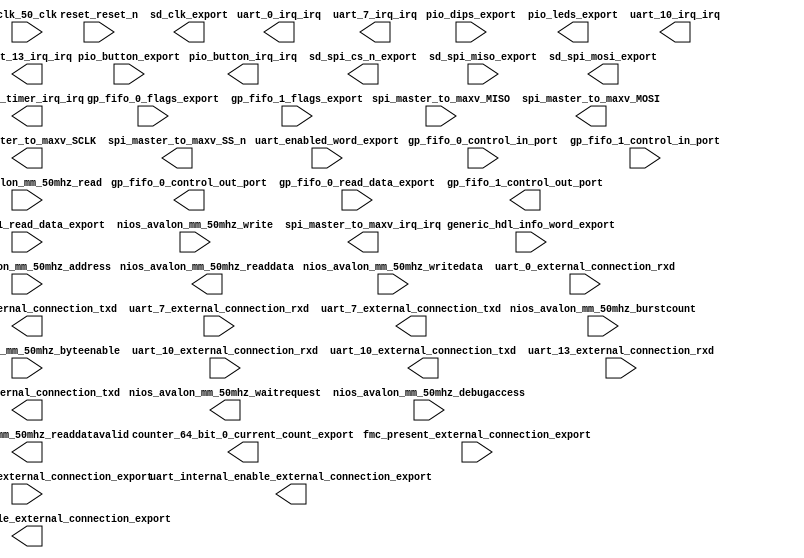

module linnux_support_reduced_uarts (
	clk_50_clk,
	counter_64_bit_0_current_count_export,
	fmc_present_external_connection_export,
	generic_hdl_info_word_export,
	gp_fifo_0_control_in_port,
	gp_fifo_0_control_out_port,
	gp_fifo_0_flags_export,
	gp_fifo_0_read_data_export,
	gp_fifo_1_control_in_port,
	gp_fifo_1_control_out_port,
	gp_fifo_1_flags_export,
	gp_fifo_1_read_data_export,
	hires_timer_irq_irq,
	nios_avalon_mm_50mhz_waitrequest,
	nios_avalon_mm_50mhz_readdata,
	nios_avalon_mm_50mhz_readdatavalid,
	nios_avalon_mm_50mhz_burstcount,
	nios_avalon_mm_50mhz_writedata,
	nios_avalon_mm_50mhz_address,
	nios_avalon_mm_50mhz_write,
	nios_avalon_mm_50mhz_read,
	nios_avalon_mm_50mhz_byteenable,
	nios_avalon_mm_50mhz_debugaccess,
	pio_button_export,
	pio_button_irq_irq,
	pio_dips_export,
	pio_leds_export,
	reset_reset_n,
	sd_clk_export,
	sd_spi_cs_n_export,
	sd_spi_miso_export,
	sd_spi_mosi_export,
	spi_master_to_maxv_MISO,
	spi_master_to_maxv_MOSI,
	spi_master_to_maxv_SCLK,
	spi_master_to_maxv_SS_n,
	spi_master_to_maxv_irq_irq,
	uart_0_external_connection_rxd,
	uart_0_external_connection_txd,
	uart_0_irq_irq,
	uart_10_external_connection_rxd,
	uart_10_external_connection_txd,
	uart_10_irq_irq,
	uart_13_external_connection_rxd,
	uart_13_external_connection_txd,
	uart_13_irq_irq,
	uart_7_external_connection_rxd,
	uart_7_external_connection_txd,
	uart_7_irq_irq,
	uart_enabled_word_export,
	uart_internal_disable_external_connection_export,
	uart_internal_enable_external_connection_export,
	uart_is_regfile_external_connection_export);	

	input		clk_50_clk;
	output	[63:0]	counter_64_bit_0_current_count_export;
	input	[15:0]	fmc_present_external_connection_export;
	input	[31:0]	generic_hdl_info_word_export;
	input	[7:0]	gp_fifo_0_control_in_port;
	output	[7:0]	gp_fifo_0_control_out_port;
	input	[31:0]	gp_fifo_0_flags_export;
	input	[31:0]	gp_fifo_0_read_data_export;
	input	[7:0]	gp_fifo_1_control_in_port;
	output	[7:0]	gp_fifo_1_control_out_port;
	input	[31:0]	gp_fifo_1_flags_export;
	input	[31:0]	gp_fifo_1_read_data_export;
	output		hires_timer_irq_irq;
	output		nios_avalon_mm_50mhz_waitrequest;
	output	[31:0]	nios_avalon_mm_50mhz_readdata;
	output		nios_avalon_mm_50mhz_readdatavalid;
	input	[0:0]	nios_avalon_mm_50mhz_burstcount;
	input	[31:0]	nios_avalon_mm_50mhz_writedata;
	input	[26:0]	nios_avalon_mm_50mhz_address;
	input		nios_avalon_mm_50mhz_write;
	input		nios_avalon_mm_50mhz_read;
	input	[3:0]	nios_avalon_mm_50mhz_byteenable;
	input		nios_avalon_mm_50mhz_debugaccess;
	input	[7:0]	pio_button_export;
	output		pio_button_irq_irq;
	input	[7:0]	pio_dips_export;
	output	[8:0]	pio_leds_export;
	input		reset_reset_n;
	output		sd_clk_export;
	output		sd_spi_cs_n_export;
	input		sd_spi_miso_export;
	output		sd_spi_mosi_export;
	input		spi_master_to_maxv_MISO;
	output		spi_master_to_maxv_MOSI;
	output		spi_master_to_maxv_SCLK;
	output		spi_master_to_maxv_SS_n;
	output		spi_master_to_maxv_irq_irq;
	input		uart_0_external_connection_rxd;
	output		uart_0_external_connection_txd;
	output		uart_0_irq_irq;
	input		uart_10_external_connection_rxd;
	output		uart_10_external_connection_txd;
	output		uart_10_irq_irq;
	input		uart_13_external_connection_rxd;
	output		uart_13_external_connection_txd;
	output		uart_13_irq_irq;
	input		uart_7_external_connection_rxd;
	output		uart_7_external_connection_txd;
	output		uart_7_irq_irq;
	input	[31:0]	uart_enabled_word_export;
	output	[31:0]	uart_internal_disable_external_connection_export;
	output	[31:0]	uart_internal_enable_external_connection_export;
	input	[31:0]	uart_is_regfile_external_connection_export;
endmodule